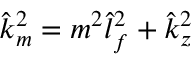
\hat { k } _ { m } ^ { 2 } = m ^ { 2 } \hat { l } _ { f } ^ { 2 } + \hat { k } _ { z } ^ { 2 }